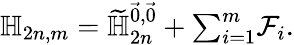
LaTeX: \mathbb{H}_{2n,m}=\widetilde{\mathbb{H}}_{2n}^{\vec{0},\vec{0}}+\textstyle{\sum_{i=1}^{m}}\mathcal{F}_{i}.